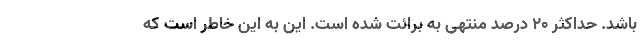
باشد. حداکثر ۲۰ درصد منتهی به برائت شده است. این به این خاطر است که